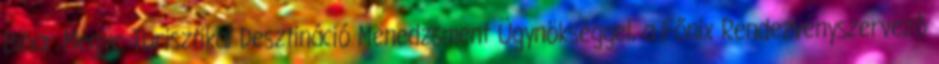
Bihar Megye Turisztikai Desztináció Menedzsment Ügynökséggel, a Főnix Rendezvényszervező